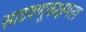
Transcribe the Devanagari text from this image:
साठवणूकक्षमता